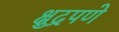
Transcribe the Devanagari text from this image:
क्षुद्रपणे